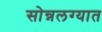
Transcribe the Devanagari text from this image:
सोन्नलग्यात